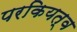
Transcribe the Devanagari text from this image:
परकियत्व